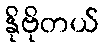
နိုဗိုတယ်